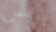
بوبس